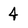
Character: 4